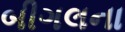
બીગલના